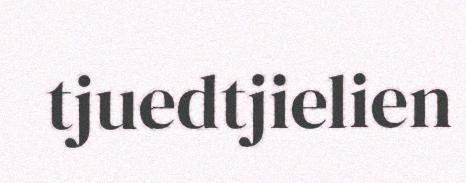
tjuedtjielien